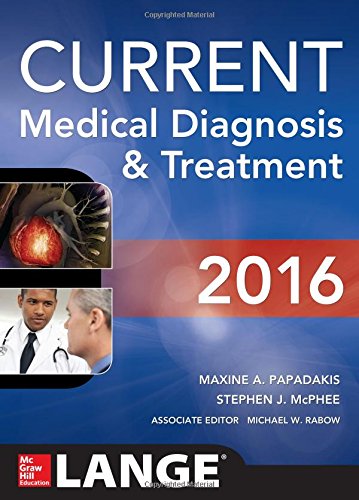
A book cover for CURRENT Medical Diagnosis and Treatment 2016 (LANGE CURRENT Series); Maxine Papadakis; Medical Books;